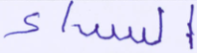
السراء